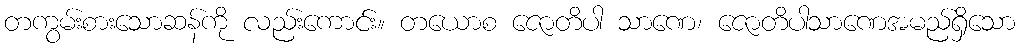
တကွမ်းစားသောဆန်ကို လည်းကောင်း။ တယောစ ဇောတိပါ သာဏေ၊ ဇောတိပါသာဏေအမည်ရှိသော